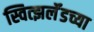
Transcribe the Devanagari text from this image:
स्वित्झर्लॅडच्या